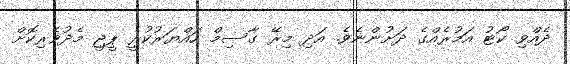
ދެއްވި ކޯޓު އަމުރެއްގެ ދަށުންނެވެ. އަދި މިރޭ ގާސިމް ހައްޔަރުކުރީ ޕީޖީ މެދުވެރިކޮށް